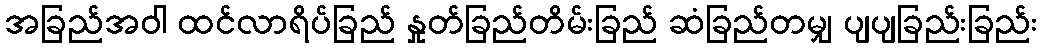
အခြည်အဝါ ထင်လာရိပ်ခြည် နှုတ်ခြည်တိမ်းခြည် ဆံခြည်တမျှ ပျပျခြည်းခြည်း